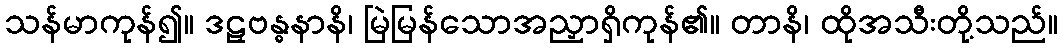
သန်မာကုန်၍။ ဒဠှဗန္ဓနာနိ၊ မြဲမြန်သောအညှာရှိကုန်၏။ တာနိ၊ ထိုအသီးတို့သည်။